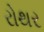
રોથર